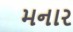
મનાર